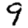
Digit: 9